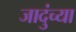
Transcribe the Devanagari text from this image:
जादुंच्या